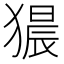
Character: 𤡠